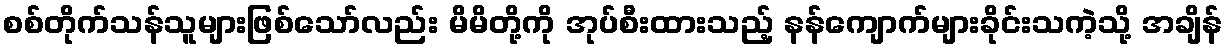
စစ်တိုက်သန်သူများဖြစ်သော်လည်း မိမိတို့ကို အုပ်စီးထားသည့် နန်ကျောက်များခိုင်းသကဲ့သို့ အချိန်